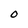
Character: O